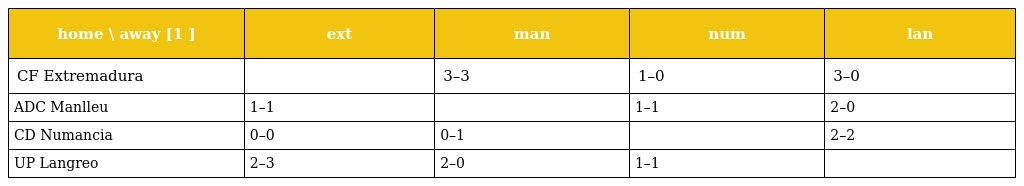
| home \ away [1 ] | ext | man | num | lan |
 | --- | --- | --- | --- | --- |
 | CF Extremadura |  | 3–3 | 1–0 | 3–0 |
 | ADC Manlleu | 1–1 |  | 1–1 | 2–0 |
 | CD Numancia | 0–0 | 0–1 |  | 2–2 |
 | UP Langreo | 2–3 | 2–0 | 1–1 |  |